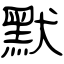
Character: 默